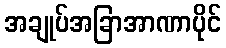
အချုပ်အခြာအာဏာပိုင်